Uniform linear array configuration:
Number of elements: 4
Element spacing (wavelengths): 0.25
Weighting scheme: cosine
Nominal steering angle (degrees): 30
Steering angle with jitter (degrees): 31.92
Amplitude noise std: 0.05
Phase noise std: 0.05

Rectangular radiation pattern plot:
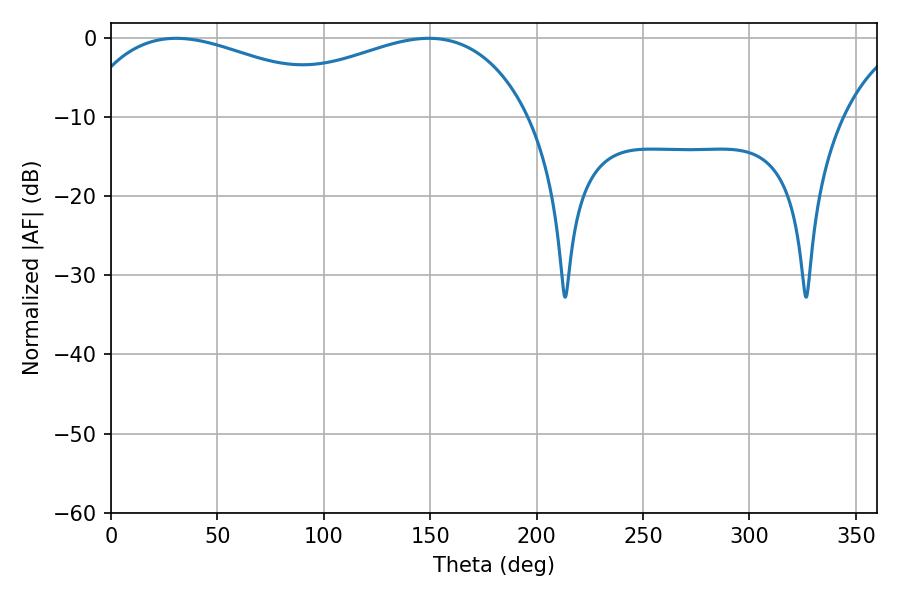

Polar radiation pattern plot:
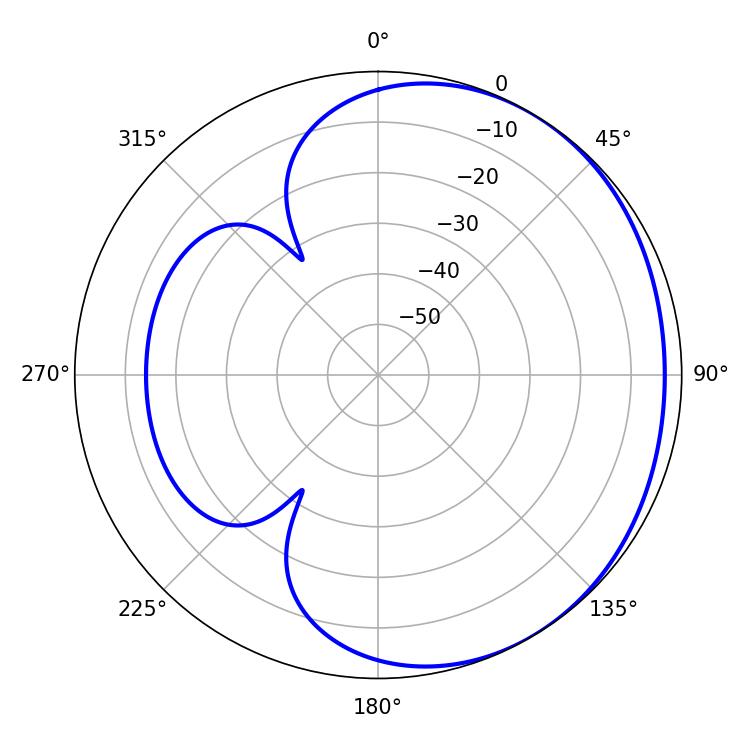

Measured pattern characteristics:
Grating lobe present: FALSE
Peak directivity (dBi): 1.785
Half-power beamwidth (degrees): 75.24
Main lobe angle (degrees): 30.6